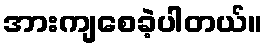
အားကျစေခဲ့ပါတယ်။